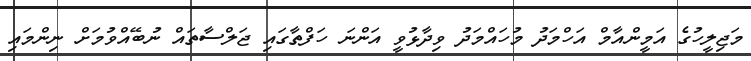
މަޖިލީހުގެ އަމީންއާމް އަހްމަދު މުހައްމަދު ވިދާޅުވީ އަންނަ ހަފްތާގައި ޖަލްސާތައް ނުބޭއްވުމަށް ނިންމައި